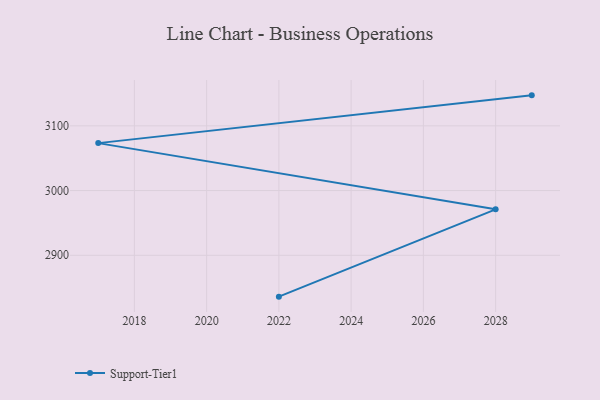
{"axis": {"x": "Year", "y": "Humidity (%)"}, "legend": ["Support-Tier1"], "data": [{"x": "2022", "y": 2836.1, "type": "Support-Tier1"}, {"x": "2028", "y": 2971.0, "type": "Support-Tier1"}, {"x": "2017", "y": 3073.3, "type": "Support-Tier1"}, {"x": "2029", "y": 3147.1, "type": "Support-Tier1"}]}